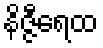
နိဇ္ဇီရေထ